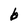
Character: b